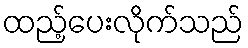
ထည့်ပေးလိုက်သည်